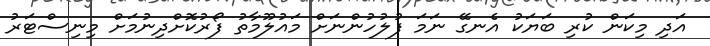
އަދި މިކަން ކުރި ބަޔަކު އެނގޭ ނަމަ ފުލުހުންނަށް މައުލޫމާތު ފޯރުކޮށްދިނުމަށް މިނިސްޓަރު